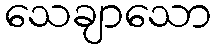
သေချာသော